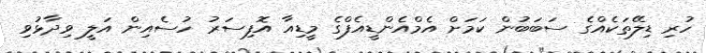
ހުރި ޑިލޭތަކެއްގެ ސަބަބުން ކަމަށް އެމްއެންޑީއެފްގެ މީޑިއާ އޮފިސަރު ހުސެއިން އަލީ ވިދާޅުވި